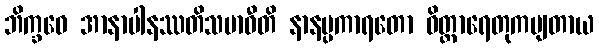
ဘိက္ခဝေ အာနာပါနဿတိသမာဓီတိ နာနပ္ပကာရတော ဝိတ္ထာရေတုကမျတာယ